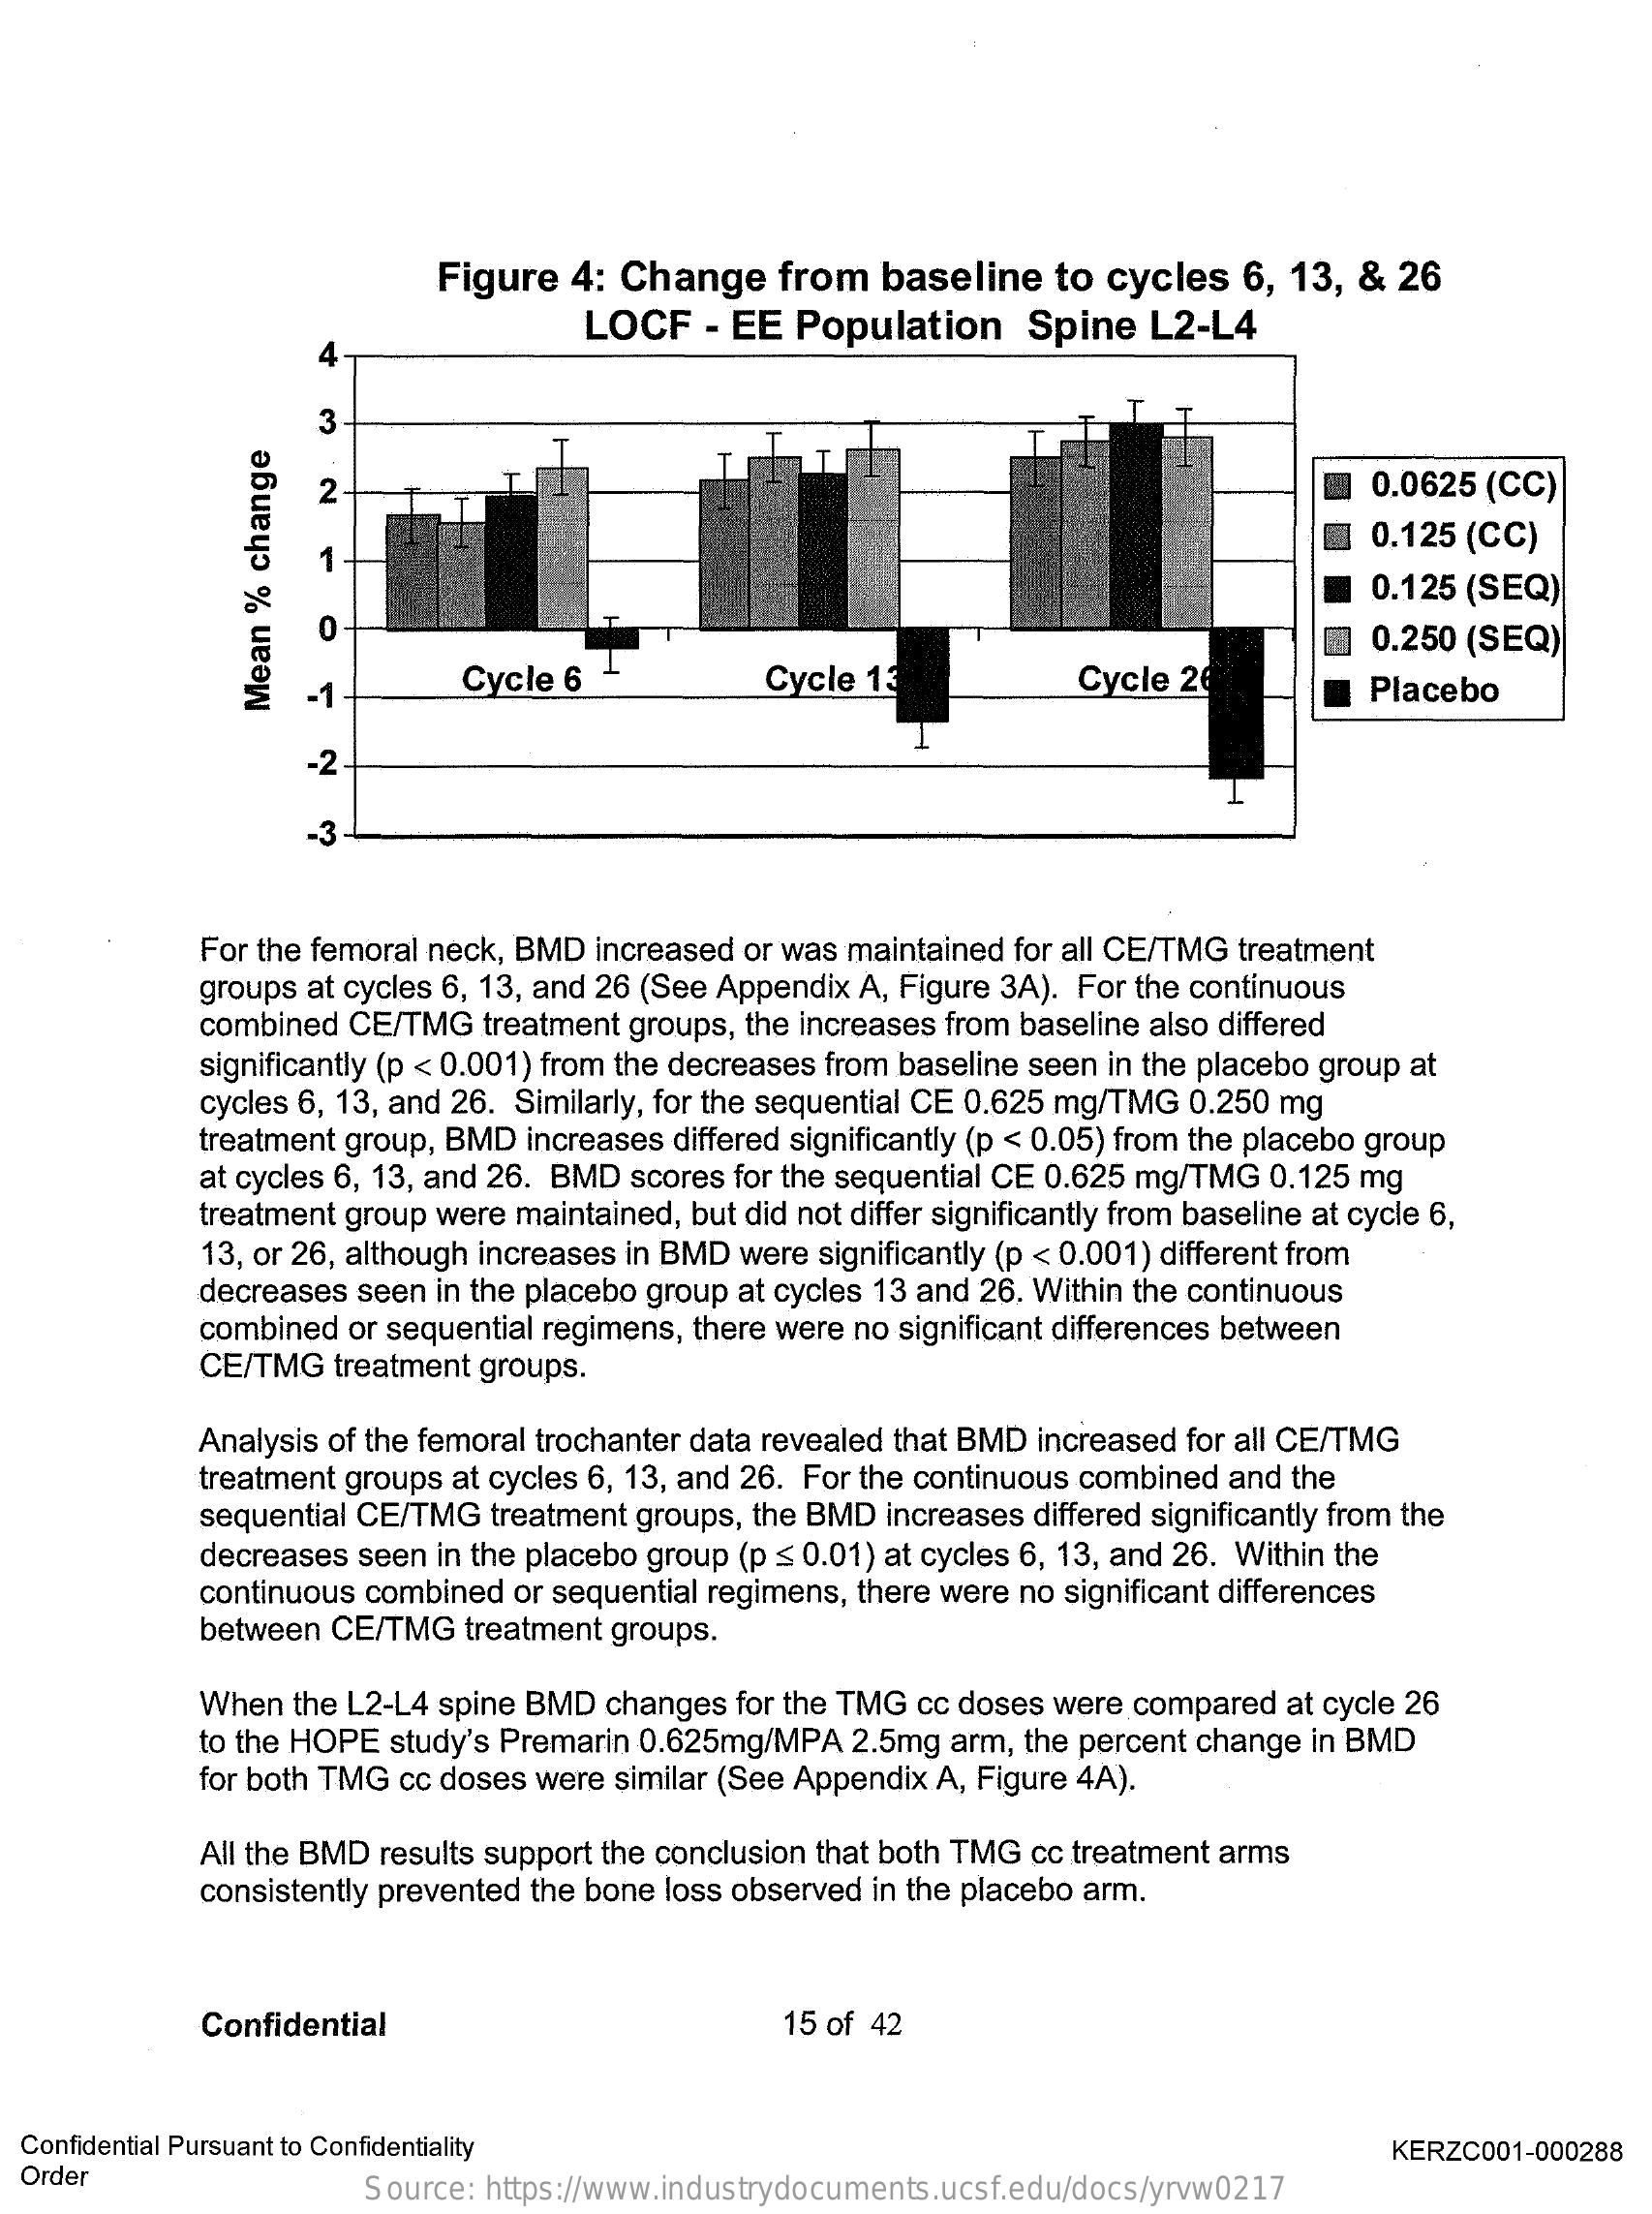
Figure  4: Change    from  baseline   to cycles   6, 13, &  26
     LOCF    - EE Population    Spine  L2-L4
     3
     2    0.0625 (CC)
     0.125 (CC)
     1
     0.125 (SEQ)
     0    ₪  0.250 (SEQ)
     -1
     Cycle 6    Cycle 13    Cycle 26    Placebo
     Mean
     %
     change
     -2.
     -3
     For the femoral neck, BMD increased or was maintained for all CE/TMG treatment
     groups at cycles 6, 13, and 26 (See Appendix A, Figure 3A). For the continuous
     combined CE/TMG  treatment groups, the increases from baseline also differed
     significantly (p < 0.001) from the decreases from baseline seen in the placebo group at
     cycles 6, 13, and 26. Similarly, for the sequential CE 0.625 mg/TMG 0.250 mg
     treatment group, BMD increases differed significantly (p < 0.05) from the placebo group
     at cycles 6, 13, and 26. BMD scores for the sequential CE 0.625 mg/TMG 0.125 mg
     treatment group were maintained, but did not differ significantly from baseline at cycle 6,
     13, or 26, although increases in BMD were significantly (p < 0.001) different from
     decreases seen in the placebo group at cycles 13 and 26. Within the continuous
     combined or sequential regimens, there were no significant differences between
     CE/TMG  treatment groups.
     Analysis of the femoral trochanter data revealed that BMD increased for all CE/TMG
     treatment groups at cycles 6, 13, and 26. For the continuous combined and the
     sequential CE/TMG treatment groups, the BMD increases differed significantly from the
     decreases seen in the placebo group (p < 0.01) at cycles 6, 13, and 26. Within the
     continuous combined or sequential regimens, there were no significant differences
     between CE/TMG  treatment groups.
     When the L2-L4 spine BMD changes for the TMG cc doses were compared at cycle 26
     to the HOPE study's Premarin 0.625mg/MPA 2.5mg arm, the percent change in BMD
     for both TMG cc doses were similar (See Appendix A, Figure 4A).
     All the BMD results support the conclusion that both TMG cc treatment arms
     consistently prevented the bone loss observed in the placebo arm.
     Confidential    15 of 42
  Confidential Pursuant to Confidentiality
  Order
     KERZC001-000288
     Source: https://www.industrydocuments.ucsf.edu/docs/yrvw0217